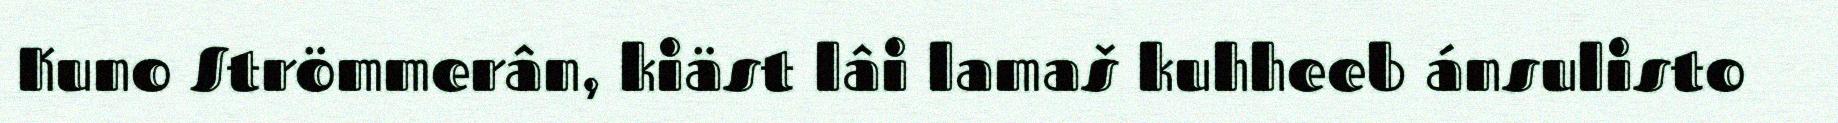
Kuno Strömmerân, kiäst lâi lamaš kuhheeb ánsulisto